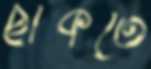
ছাঁকতে